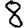
Digit: 8